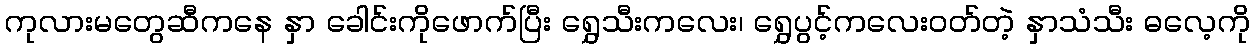
ကုလားမတွေဆီကနေ နှာ ခေါင်းကိုဖောက်ပြီး ရွှေသီးကလေး၊ ရွှေပွင့်ကလေးဝတ်တဲ့ နှာသံသီး ဓလေ့ကို